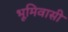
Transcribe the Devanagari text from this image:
भूमिवासी